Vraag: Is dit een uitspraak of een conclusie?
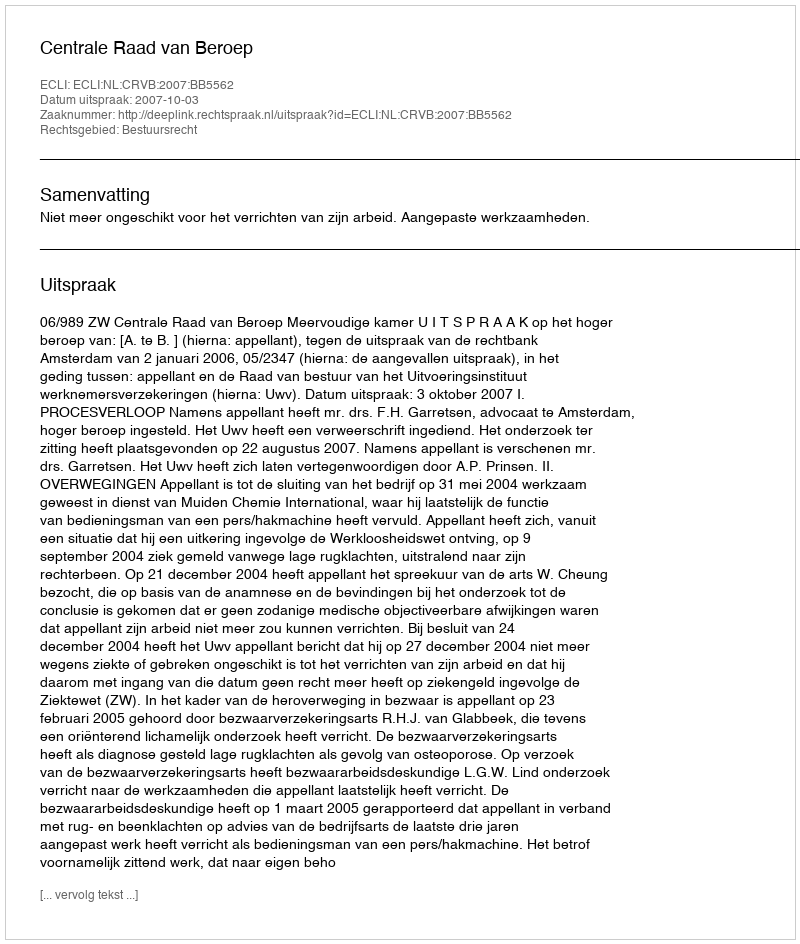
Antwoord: Uitspraak